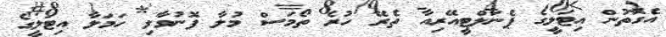
އެގޮތުން އިޓަލީގެ ޕެނަލްޓީއޭރިއާ ތެރޭ ހުރެ ތޯމަސް މުލާ ފޮނުވާލި ހަމަލާ އިޓަލީގެ